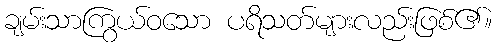
ချမ်းသာကြွယ်ဝသော ပရိသတ်များလည်းဖြစ်၏။